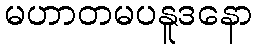
မဟာတမပနူဒနော